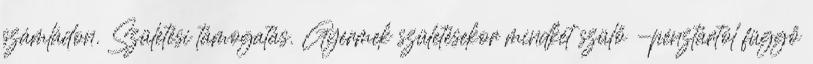
számládon. Születési támogatás. Gyermek születésekor mindkét szülő -pénztártól függő